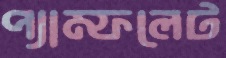
প্যাম্ফলেট